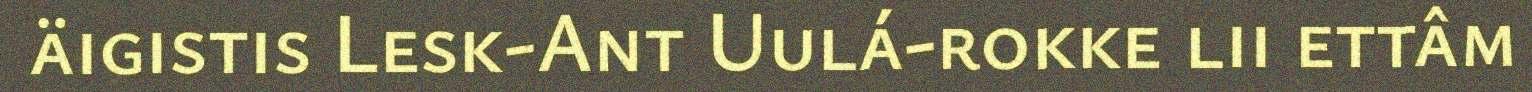
äigistis Lesk-Ant Uulá-rokke lii ettâm